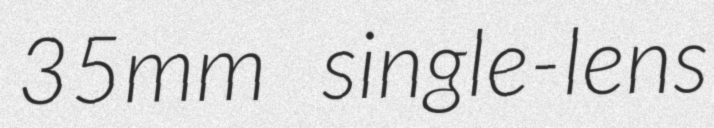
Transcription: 35mm single-lens